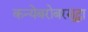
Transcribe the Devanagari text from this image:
कन्येबरोबरसुद्धा